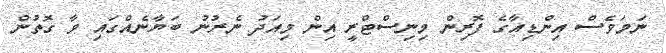
ނަމަވެސް އިންޑިއާގެ ފޮރިން މިނިސްޓްރީ އިން މިއަދު ނެރުނު ބަޔާނެއްގައި ވާ ގޮތުން